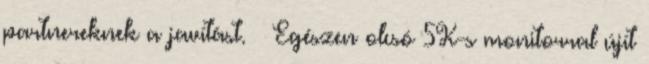
partnereknek a javítást. ← Egészen olcsó 5K-s monitorral újít